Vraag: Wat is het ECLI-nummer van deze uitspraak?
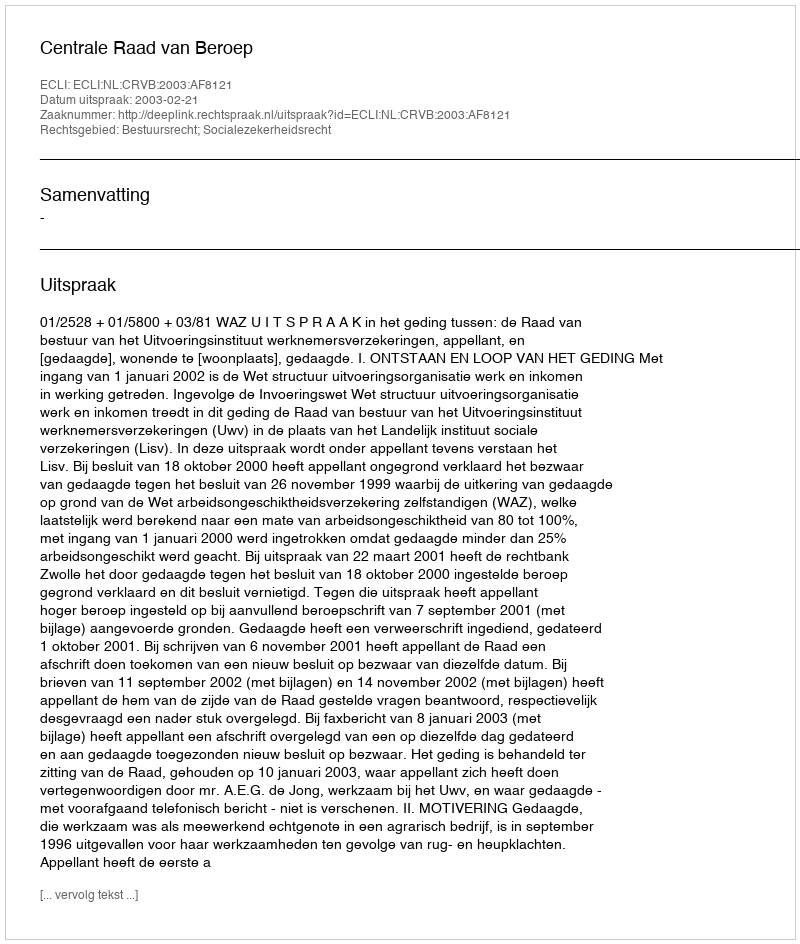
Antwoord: ECLI:NL:CRVB:2003:AF8121